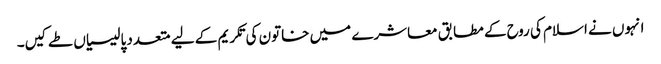
انہوں نے اسلام کی روح کے مطابق معاشرے میں خاتون کی تکریم کے لیے متعدد پالیسیاں طے کیں۔